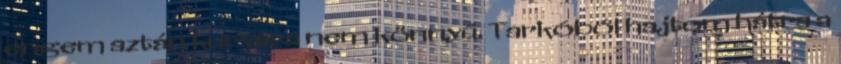
engem aztán kurvára nem könnyű. Tarkóból hajtom hátra a